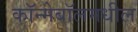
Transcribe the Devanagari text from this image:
कॉन्मेबॉलमधील